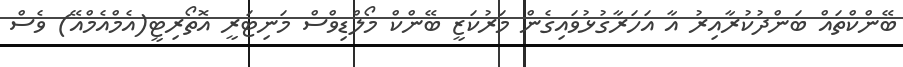
ބޭންކްތައް ބަންދުކުރާއިރު އާ އަހަރާގުޅުވައިގެން މަރުކަޒީ ބޭންކް މޯލްޑިވްސް މަނިޓަރީ އޮތޯރިޓީ(އެމްއެމްއޭ) ވެސް